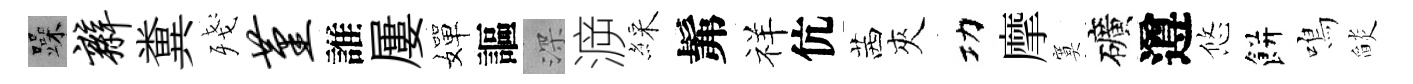
躁辫糞殘堇誰屢嬋謳深㴑綵髴祥伉茜夾功摩寞礦遵悠餅鳴𦦨